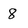
Character: 8